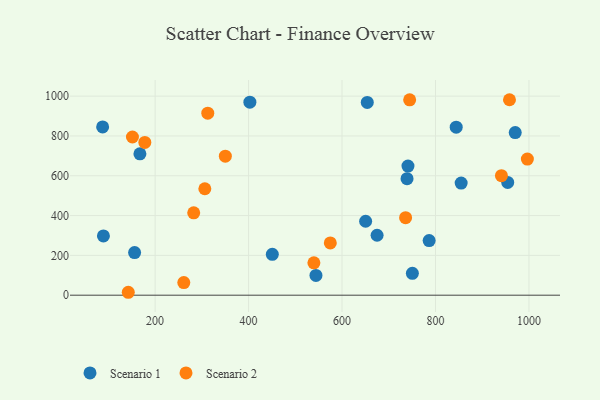
{"axis": {"x": "Ad Spend", "y": "Rating"}, "legend": ["Scenario 1", "Scenario 2"], "data": [{"x": "739.1", "y": 585.1, "type": "Scenario 1"}, {"x": "654.0", "y": 968.2, "type": "Scenario 1"}, {"x": "844.3", "y": 844.2, "type": "Scenario 1"}, {"x": "89.4", "y": 297.7, "type": "Scenario 1"}, {"x": "544.2", "y": 99.2, "type": "Scenario 1"}, {"x": "741.1", "y": 648.7, "type": "Scenario 1"}, {"x": "402.8", "y": 969.6, "type": "Scenario 1"}, {"x": "750.5", "y": 109.7, "type": "Scenario 1"}, {"x": "156.1", "y": 214.3, "type": "Scenario 1"}, {"x": "87.7", "y": 845.1, "type": "Scenario 1"}, {"x": "854.9", "y": 563.1, "type": "Scenario 1"}, {"x": "650.5", "y": 371.5, "type": "Scenario 1"}, {"x": "970.6", "y": 817.1, "type": "Scenario 1"}, {"x": "954.5", "y": 566.5, "type": "Scenario 1"}, {"x": "786.4", "y": 274.2, "type": "Scenario 1"}, {"x": "675.0", "y": 301.1, "type": "Scenario 1"}, {"x": "167.5", "y": 710.2, "type": "Scenario 1"}, {"x": "450.8", "y": 205.3, "type": "Scenario 1"}, {"x": "574.9", "y": 262.6, "type": "Scenario 2"}, {"x": "736.0", "y": 389.3, "type": "Scenario 2"}, {"x": "941.1", "y": 600.4, "type": "Scenario 2"}, {"x": "261.4", "y": 63.3, "type": "Scenario 2"}, {"x": "996.6", "y": 683.6, "type": "Scenario 2"}, {"x": "539.8", "y": 162.4, "type": "Scenario 2"}, {"x": "142.6", "y": 14.7, "type": "Scenario 2"}, {"x": "312.7", "y": 914.4, "type": "Scenario 2"}, {"x": "178.0", "y": 767.2, "type": "Scenario 2"}, {"x": "151.5", "y": 794.7, "type": "Scenario 2"}, {"x": "958.3", "y": 981.9, "type": "Scenario 2"}, {"x": "282.6", "y": 414.0, "type": "Scenario 2"}, {"x": "350.3", "y": 698.5, "type": "Scenario 2"}, {"x": "306.4", "y": 534.7, "type": "Scenario 2"}, {"x": "744.7", "y": 981.2, "type": "Scenario 2"}]}